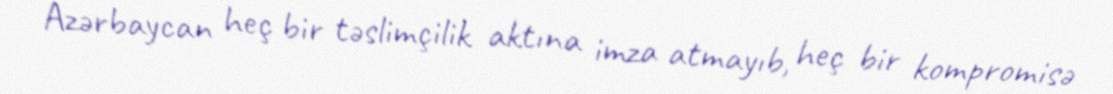
Azərbaycan heç bir təslimçilik aktına imza atmayıb, heç bir kompromisə